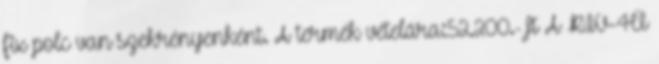
fix polc van szekrényenként. A termék vételára:52.200.-Ft A RIV-4Ü